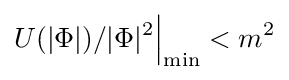
U(|\Phi |)/|\Phi |^{2}{\Big |}_{\min }<m^{2}